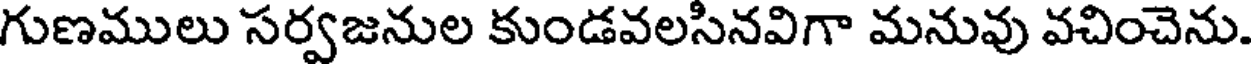
గుణములు సర్వజనుల కుండవలసినవిగా మనువు వచించెను.